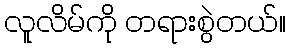
လူလိမ်ကို တရားစွဲတယ်။